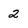
Character: 2